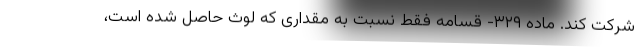
شرکت کند. ماده ۳۲۹- قسامه فقط نسبت به مقداری که لوث حاصل شده است،